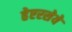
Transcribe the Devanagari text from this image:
हेएरसेये